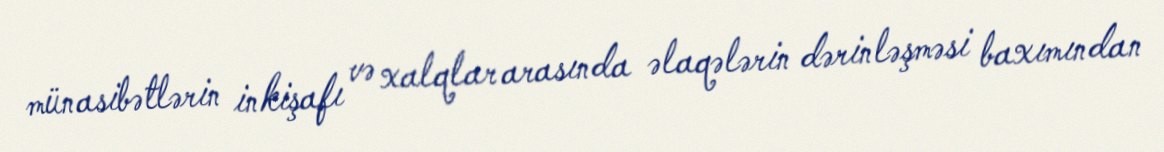
münasibətlərin inkişafı və xalqlar arasında əlaqələrin dərinləşməsi baxımından